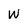
Character: W